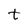
Character: t